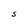
Character: S